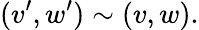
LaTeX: (v^{\prime},w^{\prime})\sim(v,w).